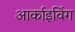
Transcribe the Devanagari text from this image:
आर्काइविंग